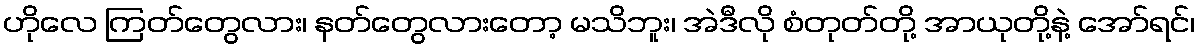
ဟိုလေ ကြတ်တွေလား၊ နတ်တွေလားတော့ မသိဘူး၊ အဲဒီလို စံတုတ်တို့ အာယုတို့နဲ့ အော်ရင်၊